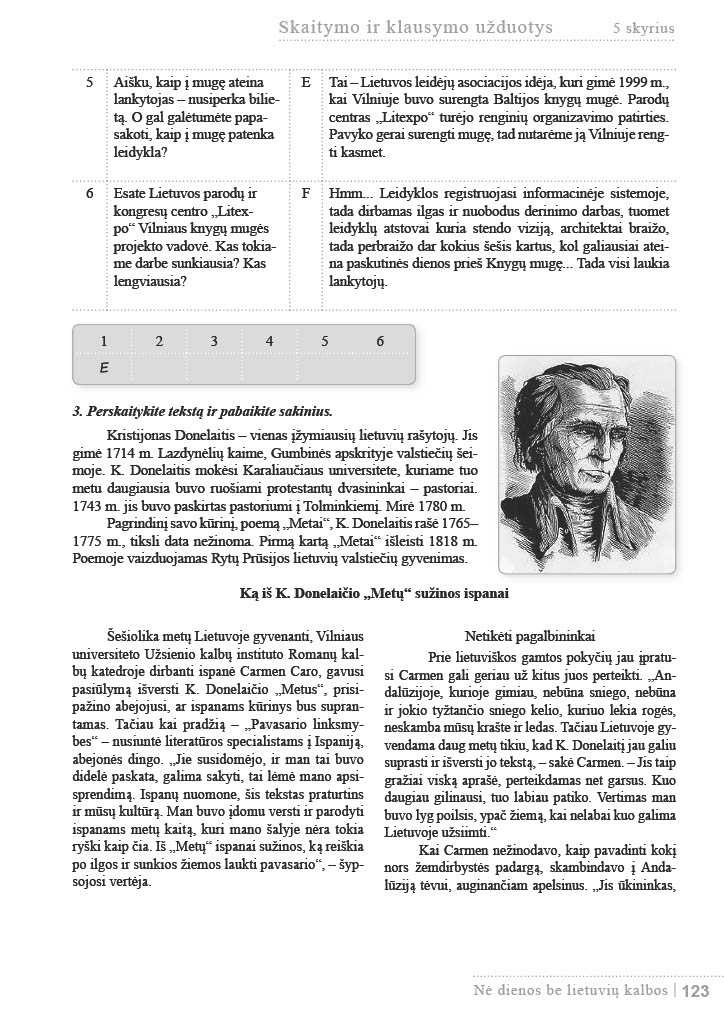
Language: lt